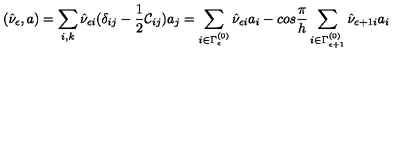
( \hat { \nu } _ { \epsilon } , a ) = \sum _ { i , k } \hat { \nu } _ { \epsilon i } ( \delta _ { i j } - \frac { 1 } { 2 } { \cal C } _ { i j } ) a _ { j } = \sum _ { i \in \Gamma _ { \epsilon } ^ { ( 0 ) } } \hat { \nu } _ { \epsilon i } a _ { i } - c o s \frac { \pi } { h } \sum _ { i \in \Gamma _ { \epsilon + 1 } ^ { ( 0 ) } } \hat { \nu } _ { \epsilon + 1 i } a _ { i }